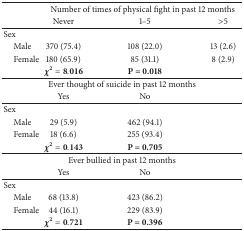
<table><thead><tr><td><b> </b></td><td colspan="3"><b>Number of times of physical fight in past 12 months</b></td></tr><tr><td><b> </b></td><td><b>Never</b></td><td><b>1–5</b></td><td><b>&gt;5</b></td></tr></thead><tbody><tr><td>Sex</td><td> </td><td> </td><td> </td></tr><tr><td> Male</td><td>370 (75.4)</td><td>108 (22.0)</td><td>13 (2.6)</td></tr><tr><td> Female</td><td>180 (65.9)</td><td>85 (31.1)</td><td>8 (2.9)</td></tr><tr><td> </td><td><b>χ</b><sup>2</sup> = 8.016</td><td><b>P</b><b> = 0.018</b></td><td> </td></tr><tr><td> </td><td colspan="2">Ever thought of suicide in past 12 months</td><td> </td></tr><tr><td> </td><td>Yes</td><td>No</td><td> </td></tr><tr><td>Sex</td><td> </td><td> </td><td> </td></tr><tr><td> Male</td><td>29 (5.9)</td><td>462 (94.1)</td><td> </td></tr><tr><td> Female</td><td>18 (6.6)</td><td>255 (93.4)</td><td> </td></tr><tr><td> </td><td><b>χ</b><sup>2</sup> = 0.143</td><td><b>P</b><b> = 0.705</b></td><td> </td></tr><tr><td> </td><td colspan="2">Ever bullied in past 12 months</td><td> </td></tr><tr><td> </td><td>Yes</td><td>No</td><td> </td></tr><tr><td>Sex</td><td> </td><td> </td><td> </td></tr><tr><td> Male</td><td>68 (13.8)</td><td>423 (86.2)</td><td> </td></tr><tr><td> Female</td><td>44 (16.1)</td><td>229 (83.9)</td><td> </td></tr><tr><td> </td><td><b>χ</b><sup>2</sup> = 0.721</td><td><b>P</b><b> = 0.396</b></td><td> </td></tr></tbody></table>